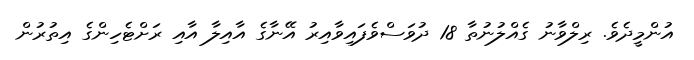
އުންމީދެވެ. ރިލްވާނު ގެއްލުނުތާ 18 ދުވަސްވެފައިވާއިރު އޭނާގެ އާއިލާ އާއި ރަށްޓެހިންގެ އިތުރުން